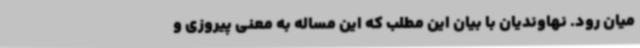
میان رود. نهاوندیان با بیان این مطلب که این مساله به معنی پیروزی و